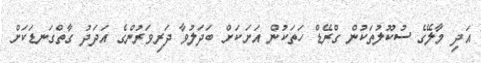
އަދި މާލޭގެ ސުކޫލުތަކުން ގްރޭޑް ހަތަކުން އަށަކަށް ބަދަލުވާ ދަރިވަރުންގެ އަދަދު ގާތްގަނޑަކަށް